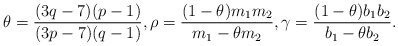
\begin{align*}\theta=\frac{(3q-7)(p-1)}{(3p-7)(q-1)}, \rho=\frac{(1-\theta) m_1 m_2}{m_1-\theta m_2}, \gamma=\frac{(1-\theta) b_1 b_2}{b_1-\theta b_2}. \end{align*}